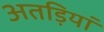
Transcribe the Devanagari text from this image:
अतड़ियां